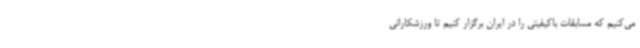
می‌کنیم که مسابقات باکیفیتی را در ایران برگزار کنیم تا ورزشکارانی